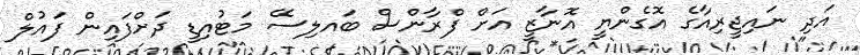
އަދި ނައިޖީރިއާގެ އޮގެންޔީ އޮނާޒީ އަށް ފްރާންސް ބައލިސޭ މަޓުއިޑީ ދަށްފައިން ފައުލް